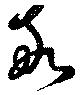
敬